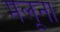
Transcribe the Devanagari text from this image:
मलूना